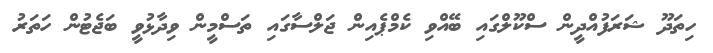
ހިތަދޫ ޝަރަފުއްދީން ސްކޫލްގައި ބޭއްވި ކެމްޕެއިން ޖަލްސާގައި ތަސްމީން ވިދާޅުވީ ބަޖެޓުން ހަތަރު